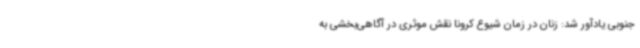
جنوبی یادآور شد: زنان در زمان شیوع کرونا نقش موثری در آگاهی‌بخشی به